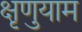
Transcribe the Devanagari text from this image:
क्षृणुयाम